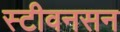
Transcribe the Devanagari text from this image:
स्टीवनसन